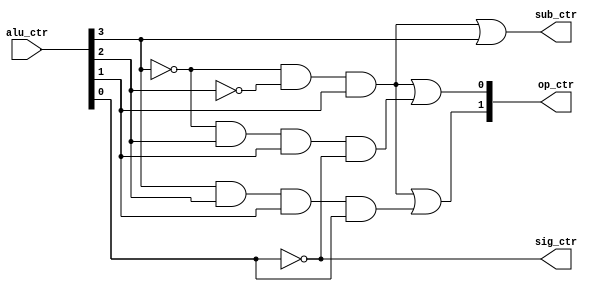
`timescale 1ns / 1ps
//////////////////////////////////////////////////////////////////////////////////
// Company: 
// Engineer: 
// 
// Design Name: 
// Module Name: alu_ctr
// Project Name: 
// Target Devices: 
// Tool Versions: 
// Description: 
// 
// Dependencies: 
// 
// Revision:
// Revision 0.01 - File Created
// Additional Comments:
// 
//////////////////////////////////////////////////////////////////////////////////


module alu_ctr(
    input[3:0]    alu_ctr,

    output reg        sub_ctr,
    output reg        sig_ctr,
    output reg [1:0]  op_ctr
    );

always @ (*) begin

    sub_ctr <= (~alu_ctr[3] & ~alu_ctr[2] & alu_ctr[1]) | alu_ctr[3];
    sig_ctr <= ~alu_ctr[0];
    op_ctr[1]  <= (~alu_ctr[3] & ~alu_ctr[2] & alu_ctr[1]) | (alu_ctr[3] & alu_ctr[2] & alu_ctr[1] & alu_ctr[0]);
    op_ctr[0]  <= (~alu_ctr[3] & ~alu_ctr[2] & alu_ctr[1]) | (~alu_ctr[3] & alu_ctr[2] & alu_ctr[1] & ~alu_ctr[0]);

end    

endmodule